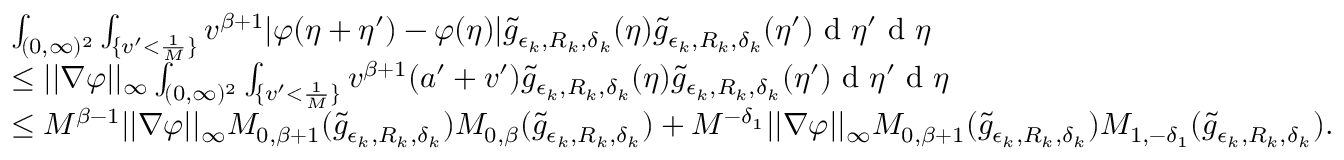
\begin{array} { r l } & { \int _ { ( 0 , \infty ) ^ { 2 } } \int _ { \{ v ^ { \prime } < \frac { 1 } { M } \} } v ^ { \beta + 1 } | \varphi ( \eta + \eta ^ { \prime } ) - \varphi ( \eta ) | \tilde { g } _ { \epsilon _ { k } , R _ { k } , \delta _ { k } } ( \eta ) \tilde { g } _ { \epsilon _ { k } , R _ { k } , \delta _ { k } } ( \eta ^ { \prime } ) \textup { d } \eta ^ { \prime } \textup { d } \eta } \\ & { \leq | | \nabla \varphi | | _ { \infty } \int _ { ( 0 , \infty ) ^ { 2 } } \int _ { \{ v ^ { \prime } < \frac { 1 } { M } \} } v ^ { \beta + 1 } ( a ^ { \prime } + v ^ { \prime } ) \tilde { g } _ { \epsilon _ { k } , R _ { k } , \delta _ { k } } ( \eta ) \tilde { g } _ { \epsilon _ { k } , R _ { k } , \delta _ { k } } ( \eta ^ { \prime } ) \textup { d } \eta ^ { \prime } \textup { d } \eta } \\ & { \leq M ^ { \beta - 1 } | | \nabla \varphi | | _ { \infty } M _ { 0 , \beta + 1 } ( \tilde { g } _ { \epsilon _ { k } , R _ { k } , \delta _ { k } } ) M _ { 0 , \beta } ( \tilde { g } _ { \epsilon _ { k } , R _ { k } , \delta _ { k } } ) + M ^ { - \delta _ { 1 } } | | \nabla \varphi | | _ { \infty } M _ { 0 , \beta + 1 } ( \tilde { g } _ { \epsilon _ { k } , R _ { k } , \delta _ { k } } ) M _ { 1 , - \delta _ { 1 } } ( \tilde { g } _ { \epsilon _ { k } , R _ { k } , \delta _ { k } } ) . } \end{array}